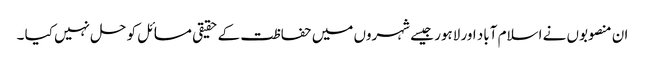
ان منصوبوں نے اسلام آباد اور لاہور جیسے شہروں میں حفاظت کے حقیقی مسائل کو حل نہیں کیا ۔